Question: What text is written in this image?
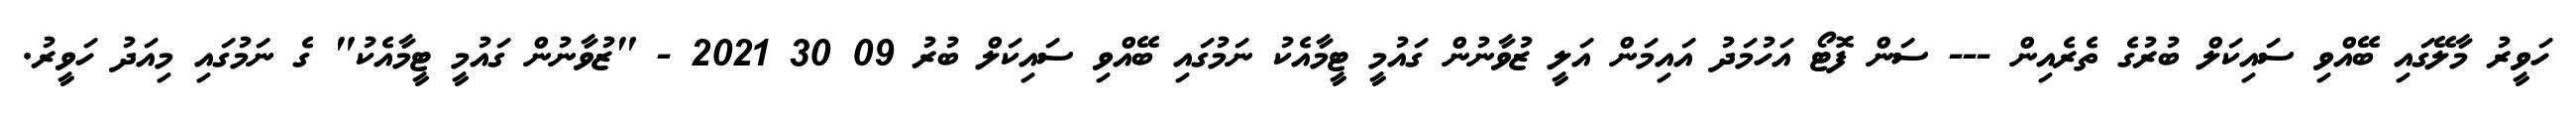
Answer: ހަވީރު މާލޭގައި ބޭއްވި ސައިކަލް ބުރުގެ ތެރެއިން --- ސަން ފޮޓޯ އަހުމަދު އައިމަން އަލީ ޒުވާނުން ގައުމީ ޓީމާއެކު ނަމުގައި ބޭއްވި ސައިކަލް ބުރު 09 30 2021 - "ޒުވާނުން ގައުމީ ޓީމާއެކު" ގެ ނަމުގައި މިއަދު ހަވީރު.